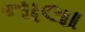
નાલા